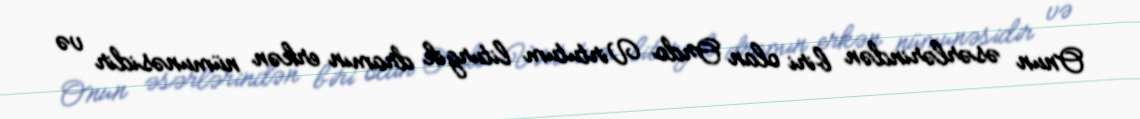
Onun əsərlərindən biri olan Ordo Virtutum liturgik dramın erkən nümunəsidir və